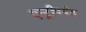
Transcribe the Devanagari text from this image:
एन्ट्रीपर्यंत